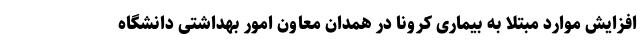
افزایش موارد مبتلا به بیماری کرونا در همدان معاون امور بهداشتی دانشگاه